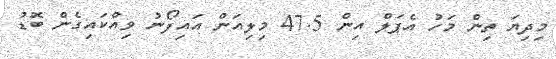
މިދިޔަ ތިން މަހު އެޕަލް އިން 47.5 މިލިއަން އައިފޯނު ވިއްކައިގެން ބޮޑު